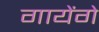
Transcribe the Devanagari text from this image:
गायेंगे